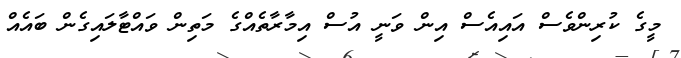
މީގެ ކުރިންވެސް އައިއެސް އިން ވަނީ އުސް އިމާރާތެއްގެ މަތިން ވައްޓާލައިގެން ބައެއް